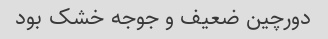
دورچین ضعیف و جوجه خشک بود